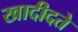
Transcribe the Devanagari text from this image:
खादीदते